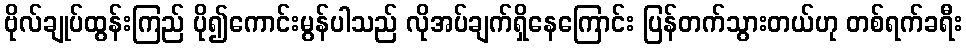
ဗိုလ်ချုပ်ထွန်းကြည် ပို၍ကောင်းမွန်ပါသည် လိုအပ်ချက်ရှိနေကြောင်း ပြန်တက်သွားတယ်ဟု တစ်ရက်ခရီး